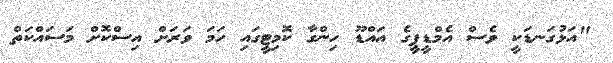
"އަޅުގަނޑަކީ ވެސް އެމްޑީޕީގެ އައްޑޫ ހިންގާ ކޮމިޓީގައި ހަމަ ވަރަށް އިސްކޮށް މަސައްކަތް